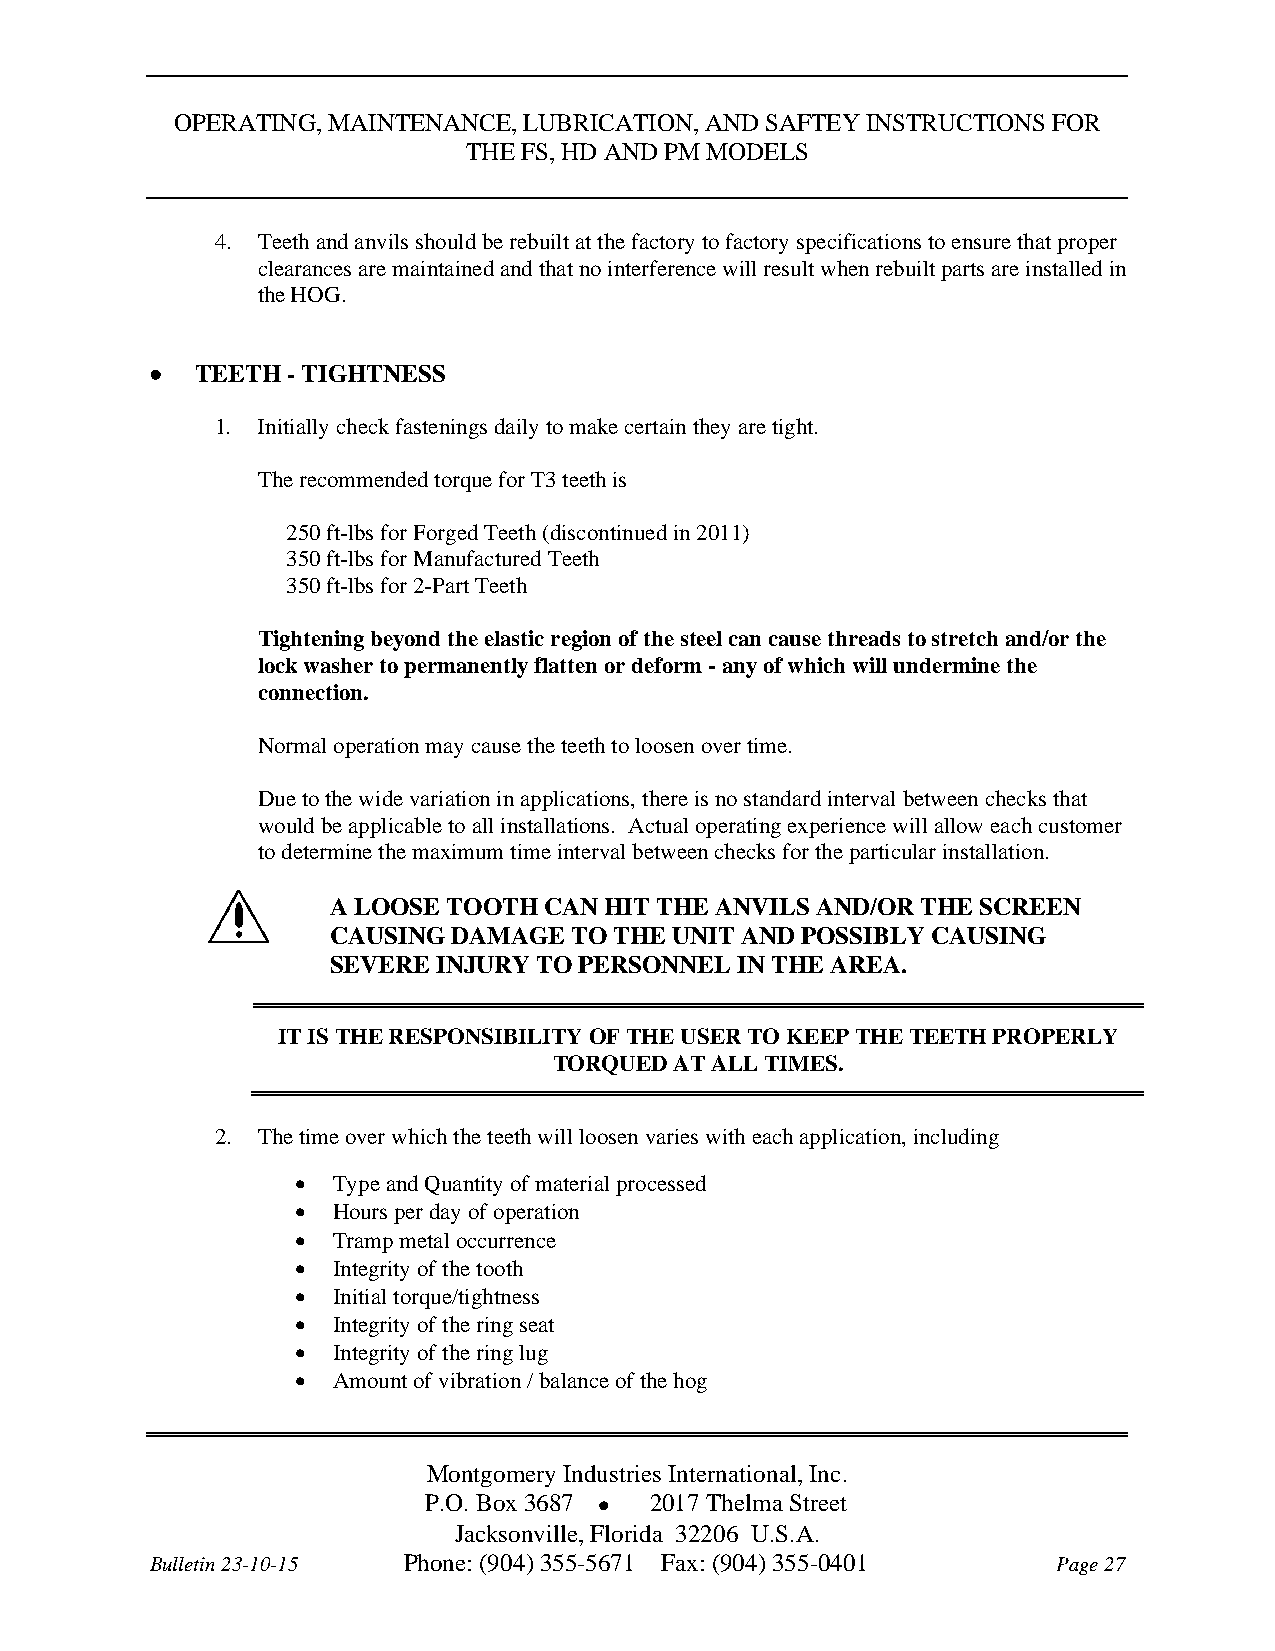
OPERATING, MAINTENANCE, LUBRICATION, AND SAFTEY INSTRUCTIONS FOR
 THE FS, HD AND PM MODELS
 4. Teeth and anvils should be rebuilt at the factory to factory specifications to ensure that proper
 clearances are maintained and that no interference will result when rebuilt parts are installed in
 the HOG.
   TEETH - TIGHTNESS
 1. Initially check fastenings daily to make certain they are tight.
 The recommended torque for T3 teeth is
 250 ft-lbs for Forged Teeth (discontinued in 2011)
 350 ft-lbs for Manufactured Teeth
 350 ft-lbs for 2-Part Teeth
 Tightening beyond the elastic region of the steel can cause threads to stretch and/or the
 lock washer to permanently flatten or deform - any of which will undermine the
 connection.
 Normal operation may cause the teeth to loosen over time.
 Due to the wide variation in applications, there is no standard interval between checks that
 would be applicable to all installations. Actual operating experience will allow each customer
 to determine the maximum time interval between checks for the particular installation.
 A LOOSE TOOTH CAN HIT THE ANVILS AND/OR THE SCREEN
 CAUSING DAMAGE  TO THE UNIT AND POSSIBLY CAUSING
 SEVERE INJURY TO PERSONNEL IN THE AREA.
 IT IS THE RESPONSIBILITY OF THE USER TO KEEP THE TEETH PROPERLY
 TORQUED AT ALL TIMES.
 2. The time over which the teeth will loosen varies with each application, including
  Type and Quantity of material processed
  Hours per day of operation
  Tramp metal occurrence
  Integrity of the tooth
  Initial torque/tightness
  Integrity of the ring seat
  Integrity of the ring lug
  Amount of vibration / balance of the hog
 Montgomery Industries International, Inc.
 P.O. Box 3687  2017 Thelma Street
 Jacksonville, Florida 32206 U.S.A.
 Bulletin 23-10-15 Phone: (904) 355-5671 Fax: (904) 355-0401 Page 27